Sleeping sickness
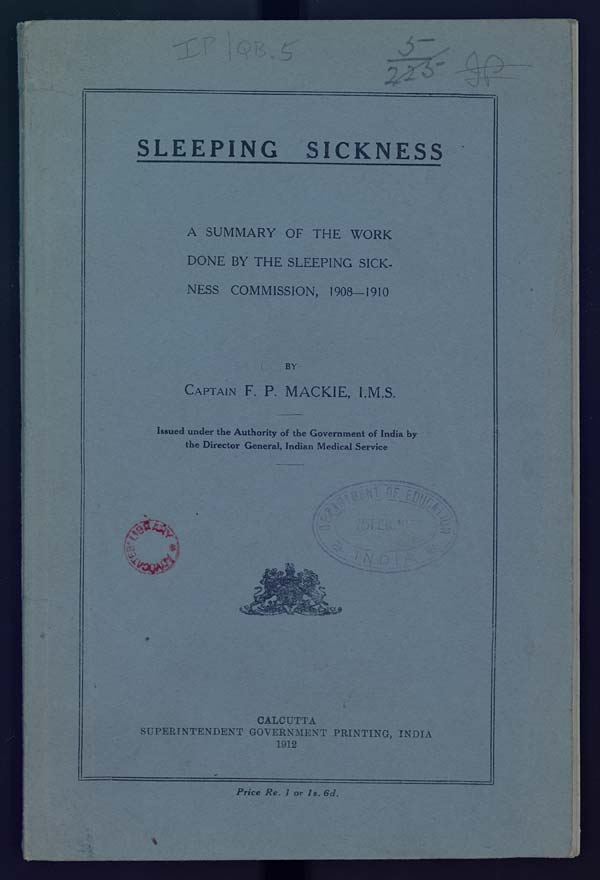
SLEEPING SICKNESS
A SUMMARY OF THE WORK
DONE BY THE SLEEPING SICK-
NESS COMMISSION, 1908-1910
BY
CAPTAIN F. P. MACKIE, I.M.S.
Issued under the Authority of the Government of India by
the Director General, Indian Medical Service
CALCUTTA
SUPERINTENDENT GOVERNMENT PRINTING, INDIA
1912
Price Re. 1 or 1s. 6d.